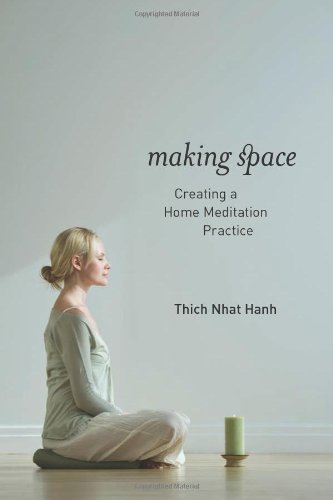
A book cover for Making Space: Creating a Home Meditation Practice; Thich Nhat Hanh; Religion & Spirituality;